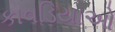
કાવડિયાઓ